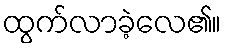
ထွက်လာခဲ့လေ၏။